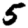
Digit: 5